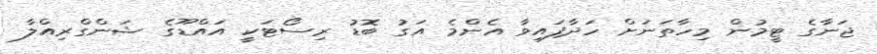
ޖަނާގެ ޓީމުން މިހާތަނަށް ހަދާފައިވާ އެންމެ އަގު ބޮޑު ރިސޯޓަކީ އައްޑޫގެ ޝަންގްރިއްލާ